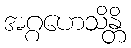
အဂ္ဂဟေသိန္တိ